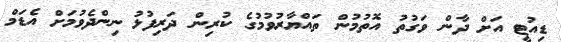
ޑިއުޓީ އަށް ދާން ވަގުތު އޮތުމުން ތައްޔާރުވުމުގެ ކުރިން ދަރިފުޅު ނިންދެވުމަށް އެޑަމް